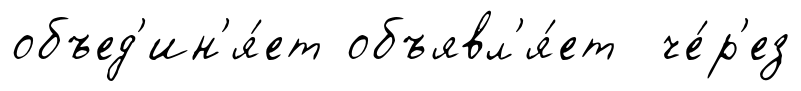
объед'ин'я́ет объявл'я́ет че́р'ез